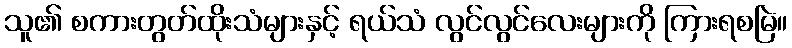
သူ၏ စကားတွတ်ထိုးသံများနှင့် ရယ်သံ လွင်လွင်လေးများကို ကြားရစမြဲ။